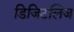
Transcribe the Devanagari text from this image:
डिजिटलिज